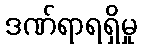
ဒဏ်ရာရရှိမှု